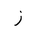
Letter: _zay